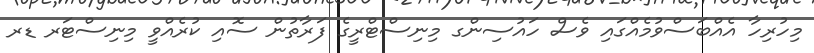
މިހުރިހާ އެއްބަސްވުމެއްގައި ވެސް ހައުސިންގ މިނިސްޓްރީގެ ފަރާތުން ސޮއި ކުރެއްވީ މިނިސްޓަރ ޑރ